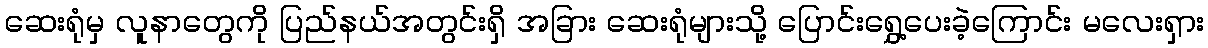
ဆေးရုံမှ လူနာတွေကို ပြည်နယ်အတွင်းရှိ အခြား ဆေးရုံများသို့ ပြောင်းရွှေ့ပေးခဲ့ကြောင်း မလေးရှား